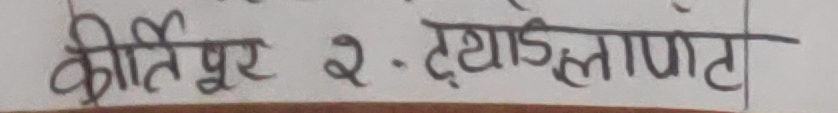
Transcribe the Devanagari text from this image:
कीर्तिपुर २. ट्याङ्लाफाँट